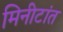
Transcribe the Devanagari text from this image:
मिनीटांत